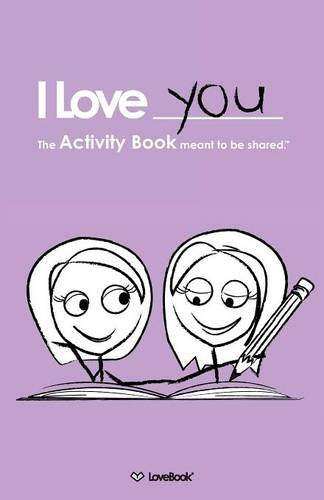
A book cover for I Love You: The Activity Book for Lesbian Couples; Lovebook; Parenting & Relationships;